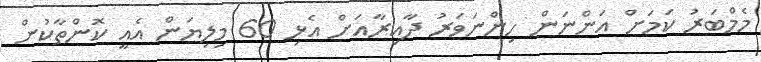
މެމްބަރު ކަމަށް އަންނަން ހިންނަވަރު ދާއިރާއަށް އެޅި 60 މިލިޔަން އެއީ ކޮންތާކުން